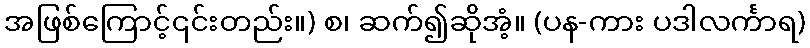
အဖြစ်ကြောင့်၎င်းတည်း။) စ၊ ဆက်၍ဆိုအံ့။ (ပန-ကား ပဒါလင်္ကာရ)